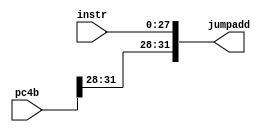
`timescale 1ns / 1ps
//////////////////////////////////////////////////////////////////////////////////
// Company: 
// Engineer: 
// 
// Design Name: 
// Module Name: composelines
// Project Name: 
// Target Devices: 
// Tool Versions: 
// Description: 
// 
// Dependencies: 
// 
// Revision:
// Revision 0.01 - File Created
// Additional Comments:
// 
//////////////////////////////////////////////////////////////////////////////////


module composelines(instr,pc4b,jumpadd);
input [27:0]instr;
input [31:0]pc4b;
output [31:0]jumpadd;
assign jumpadd={pc4b[31:28],instr};
endmodule